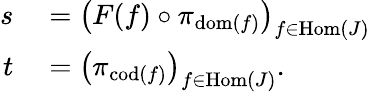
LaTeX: \begin{array}{rl}{s}&{{}={\bigl(}F(f)\circ\pi_{\operatorname{dom}(f)}{\bigr)}_{f\in\operatorname{Hom}(J)}}\\ {t}&{{}={\bigl(}\pi_{\operatorname{cod}(f)}{\bigr)}_{f\in\operatorname{Hom}(J)}.}\end{array}